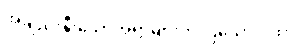
အချည်းနှီးသောအရာများကို ပြသောဂါထာ။